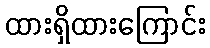
ထားရှိထားကြောင်း